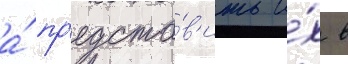
а́ пр'едста́в'ить и́х в